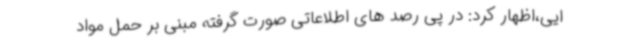
ایی،اظهار کرد: در پی رصد های اطلاعاتی صورت گرفته مبنی بر حمل مواد